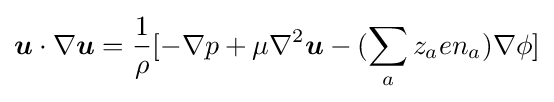
{\boldsymbol {u}}\cdot \nabla {\boldsymbol {u}}={\frac {1}{\rho }}[-\nabla p+\mu \nabla ^{2}{\boldsymbol {u}}-(\displaystyle \sum _{a}z_{a}en_{a})\nabla \phi ]